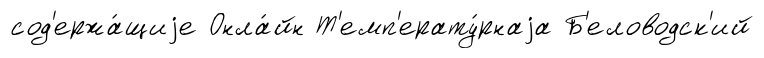
сод'ержа́щиjе Онла́йн Т'емп'ерату́рнаjа Б'еловодск'ий